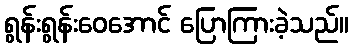
ရွန်းရွန်းဝေအောင် ပြောကြားခဲ့သည်။